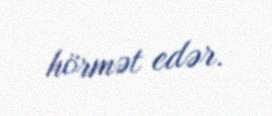
hörmət edər.